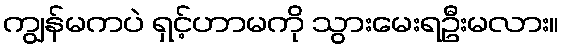
ကျွန်မကပဲ ရှင့်ဟာမကို သွားမေးရဦးမလား။